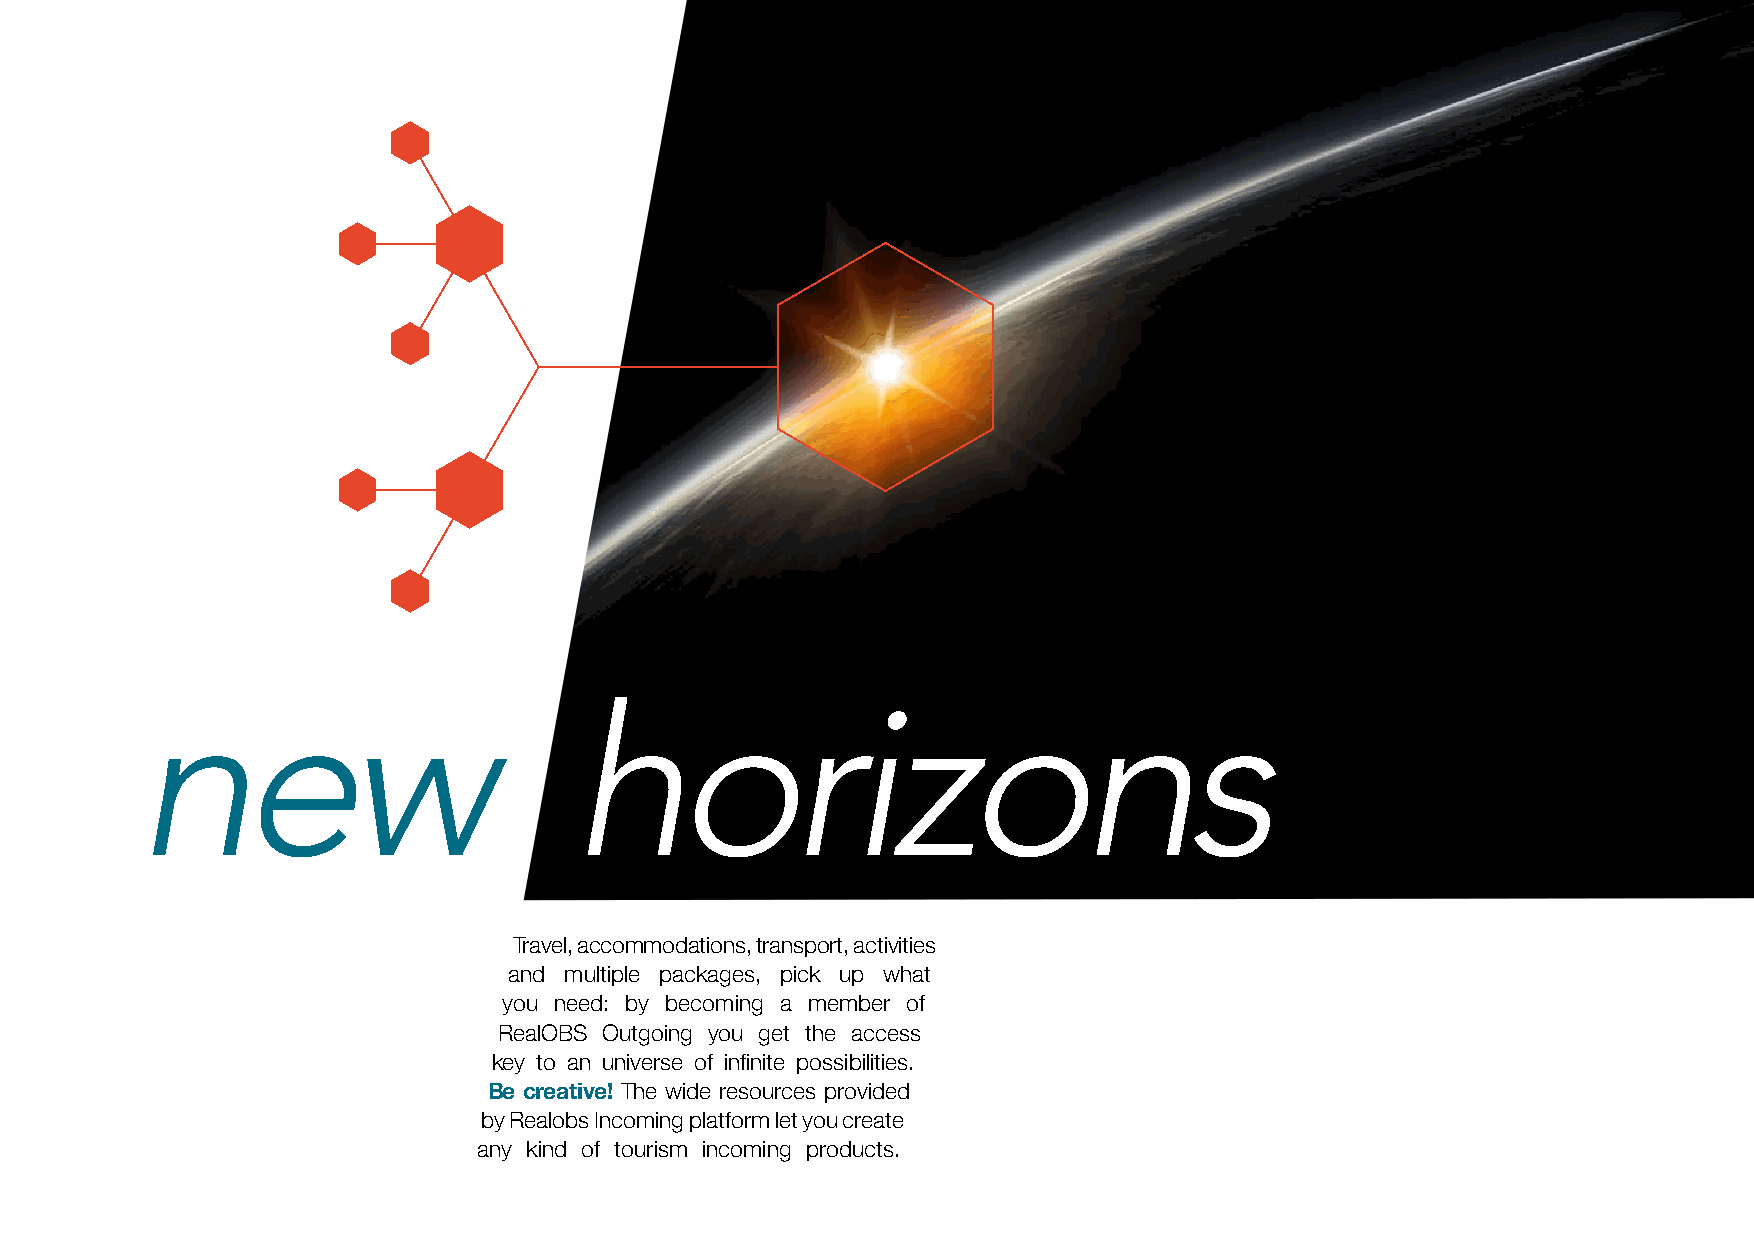
new                          horizons
 Travel, accommodations, transport, activities
 and multiple packages, pick up what
 you need: by becoming a member of
 RealOBS Outgoing you get the access
 key to an universe of infinite possibilities.
 Be creative! The wide resources provided
 by Realobs Incoming platform let you create
 any kind of tourism incoming products.